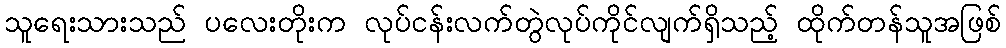
သူရေးသားသည် ပလေးတိုးက လုပ်ငန်းလက်တွဲလုပ်ကိုင်လျက်ရှိသည့် ထိုက်တန်သူအဖြစ်